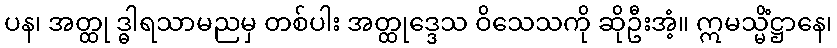
ပန၊ အတ္ထု ဒ္ဓါရသာမညမှ တစ်ပါး အတ္ထုဒ္ဒေသ ဝိသေသကို ဆိုဦးအံ့။ ဣမသ္မိံဋ္ဌာနေ၊